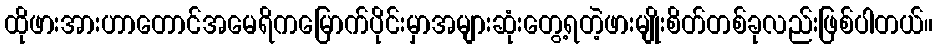
ထိုဖားအားဟာတောင်အမေရိကမြောက်ပိုင်းမှာအများဆုံးတွေ့ရတဲ့ဖားမျိုးစိတ်တစ်ခုလည်းဖြစ်ပါတယ်။